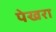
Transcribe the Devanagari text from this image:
पेखरा